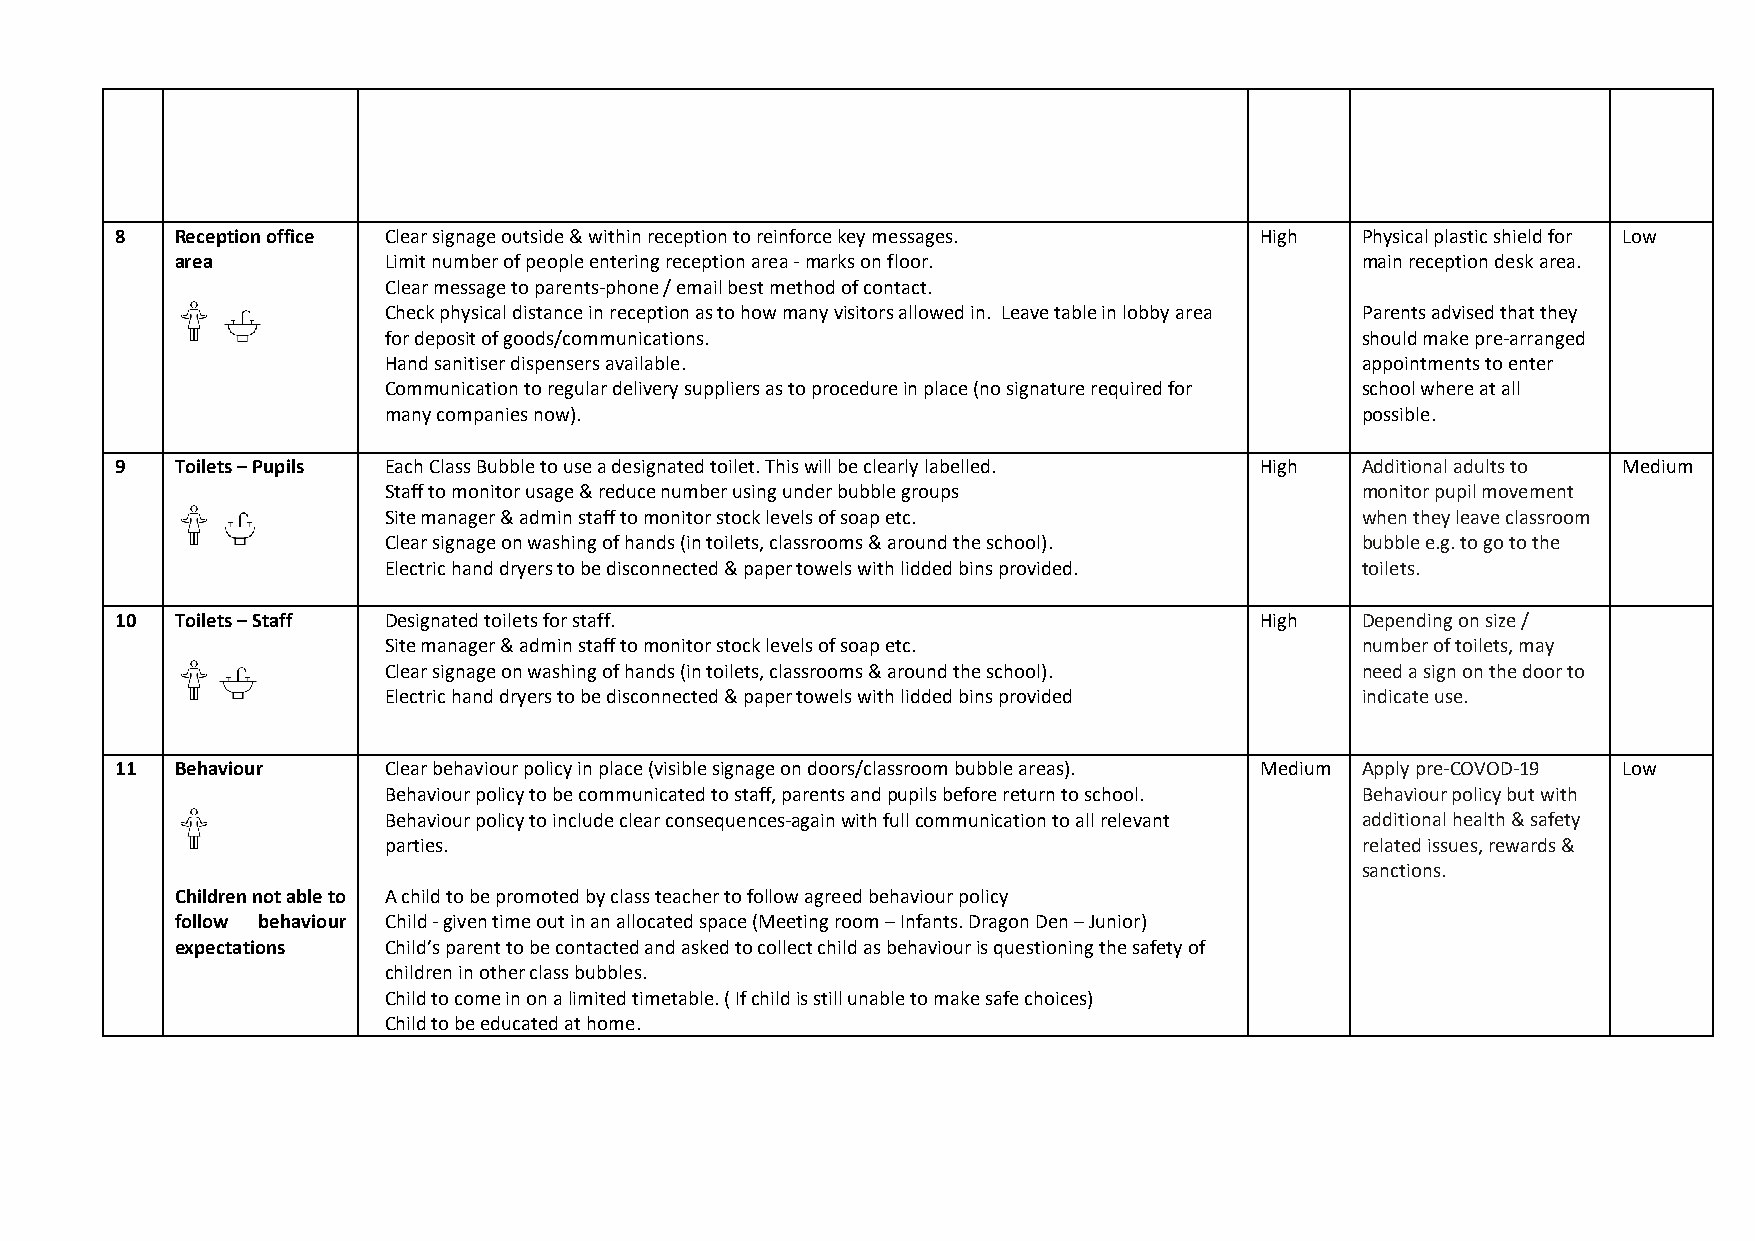
8   Reception office Clear signage outside & within reception to reinforce key messages. High Physical plastic shield for Low
 area         Limit number of people entering reception area - marks on floor. main reception desk area.
 Clear message to parents-phone / email best method of contact.
 Check physical distance in reception as to how many visitors allowed in. Leave table in lobby area Parents advised that they
 for deposit of goods/communications.                             should make pre-arranged
 Hand sanitiser dispensers available.                             appointments to enter
 Communication to regular delivery suppliers as to procedure in place (no signature required for school where at all
 many companies now).                                             possible.
 9   Toilets – Pupils Each Class Bubble to use a designated toilet. This will be clearly labelled. High Additional adults to Medium
 Staff to monitor usage & reduce number using under bubble groups monitor pupil movement
 Site manager & admin staff to monitor stock levels of soap etc.  when they leave classroom
 Clear signage on washing of hands (in toilets, classrooms & around the school). bubble e.g. to go to the
 Electric hand dryers to be disconnected & paper towels with lidded bins provided. toilets.
 10  Toilets – Staff Designated toilets for staff.                          High   Depending on size /
 Site manager & admin staff to monitor stock levels of soap etc.  number of toilets, may
 Clear signage on washing of hands (in toilets, classrooms & around the school). need a sign on the door to
 Electric hand dryers to be disconnected & paper towels with lidded bins provided indicate use.
 11  Behaviour    Clear behaviour policy in place (visible signage on doors/classroom bubble areas). Medium Apply pre-COVOD-19 Low
 Behaviour policy to be communicated to staff, parents and pupils before return to school. Behaviour policy but with
 Behaviour policy to include clear consequences-again with full communication to all relevant additional health & safety
 parties.                                                         related issues, rewards &
 sanctions.
 Children not able to A child to be promoted by class teacher to follow agreed behaviour policy
 follow behaviour Child - given time out in an allocated space (Meeting room – Infants. Dragon Den – Junior)
 expectations Child’s parent to be contacted and asked to collect child as behaviour is questioning the safety of
 children in other class bubbles.
 Child to come in on a limited timetable. ( If child is still unable to make safe choices)
 Child to be educated at home.